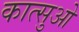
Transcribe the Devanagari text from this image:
कात्सुओ